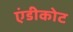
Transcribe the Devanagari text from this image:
एंडीकोट